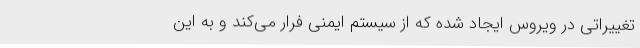
تغییراتی در ویروس ایجاد شده که از سیستم ایمنی فرار می‌کند و به این